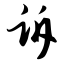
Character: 诉